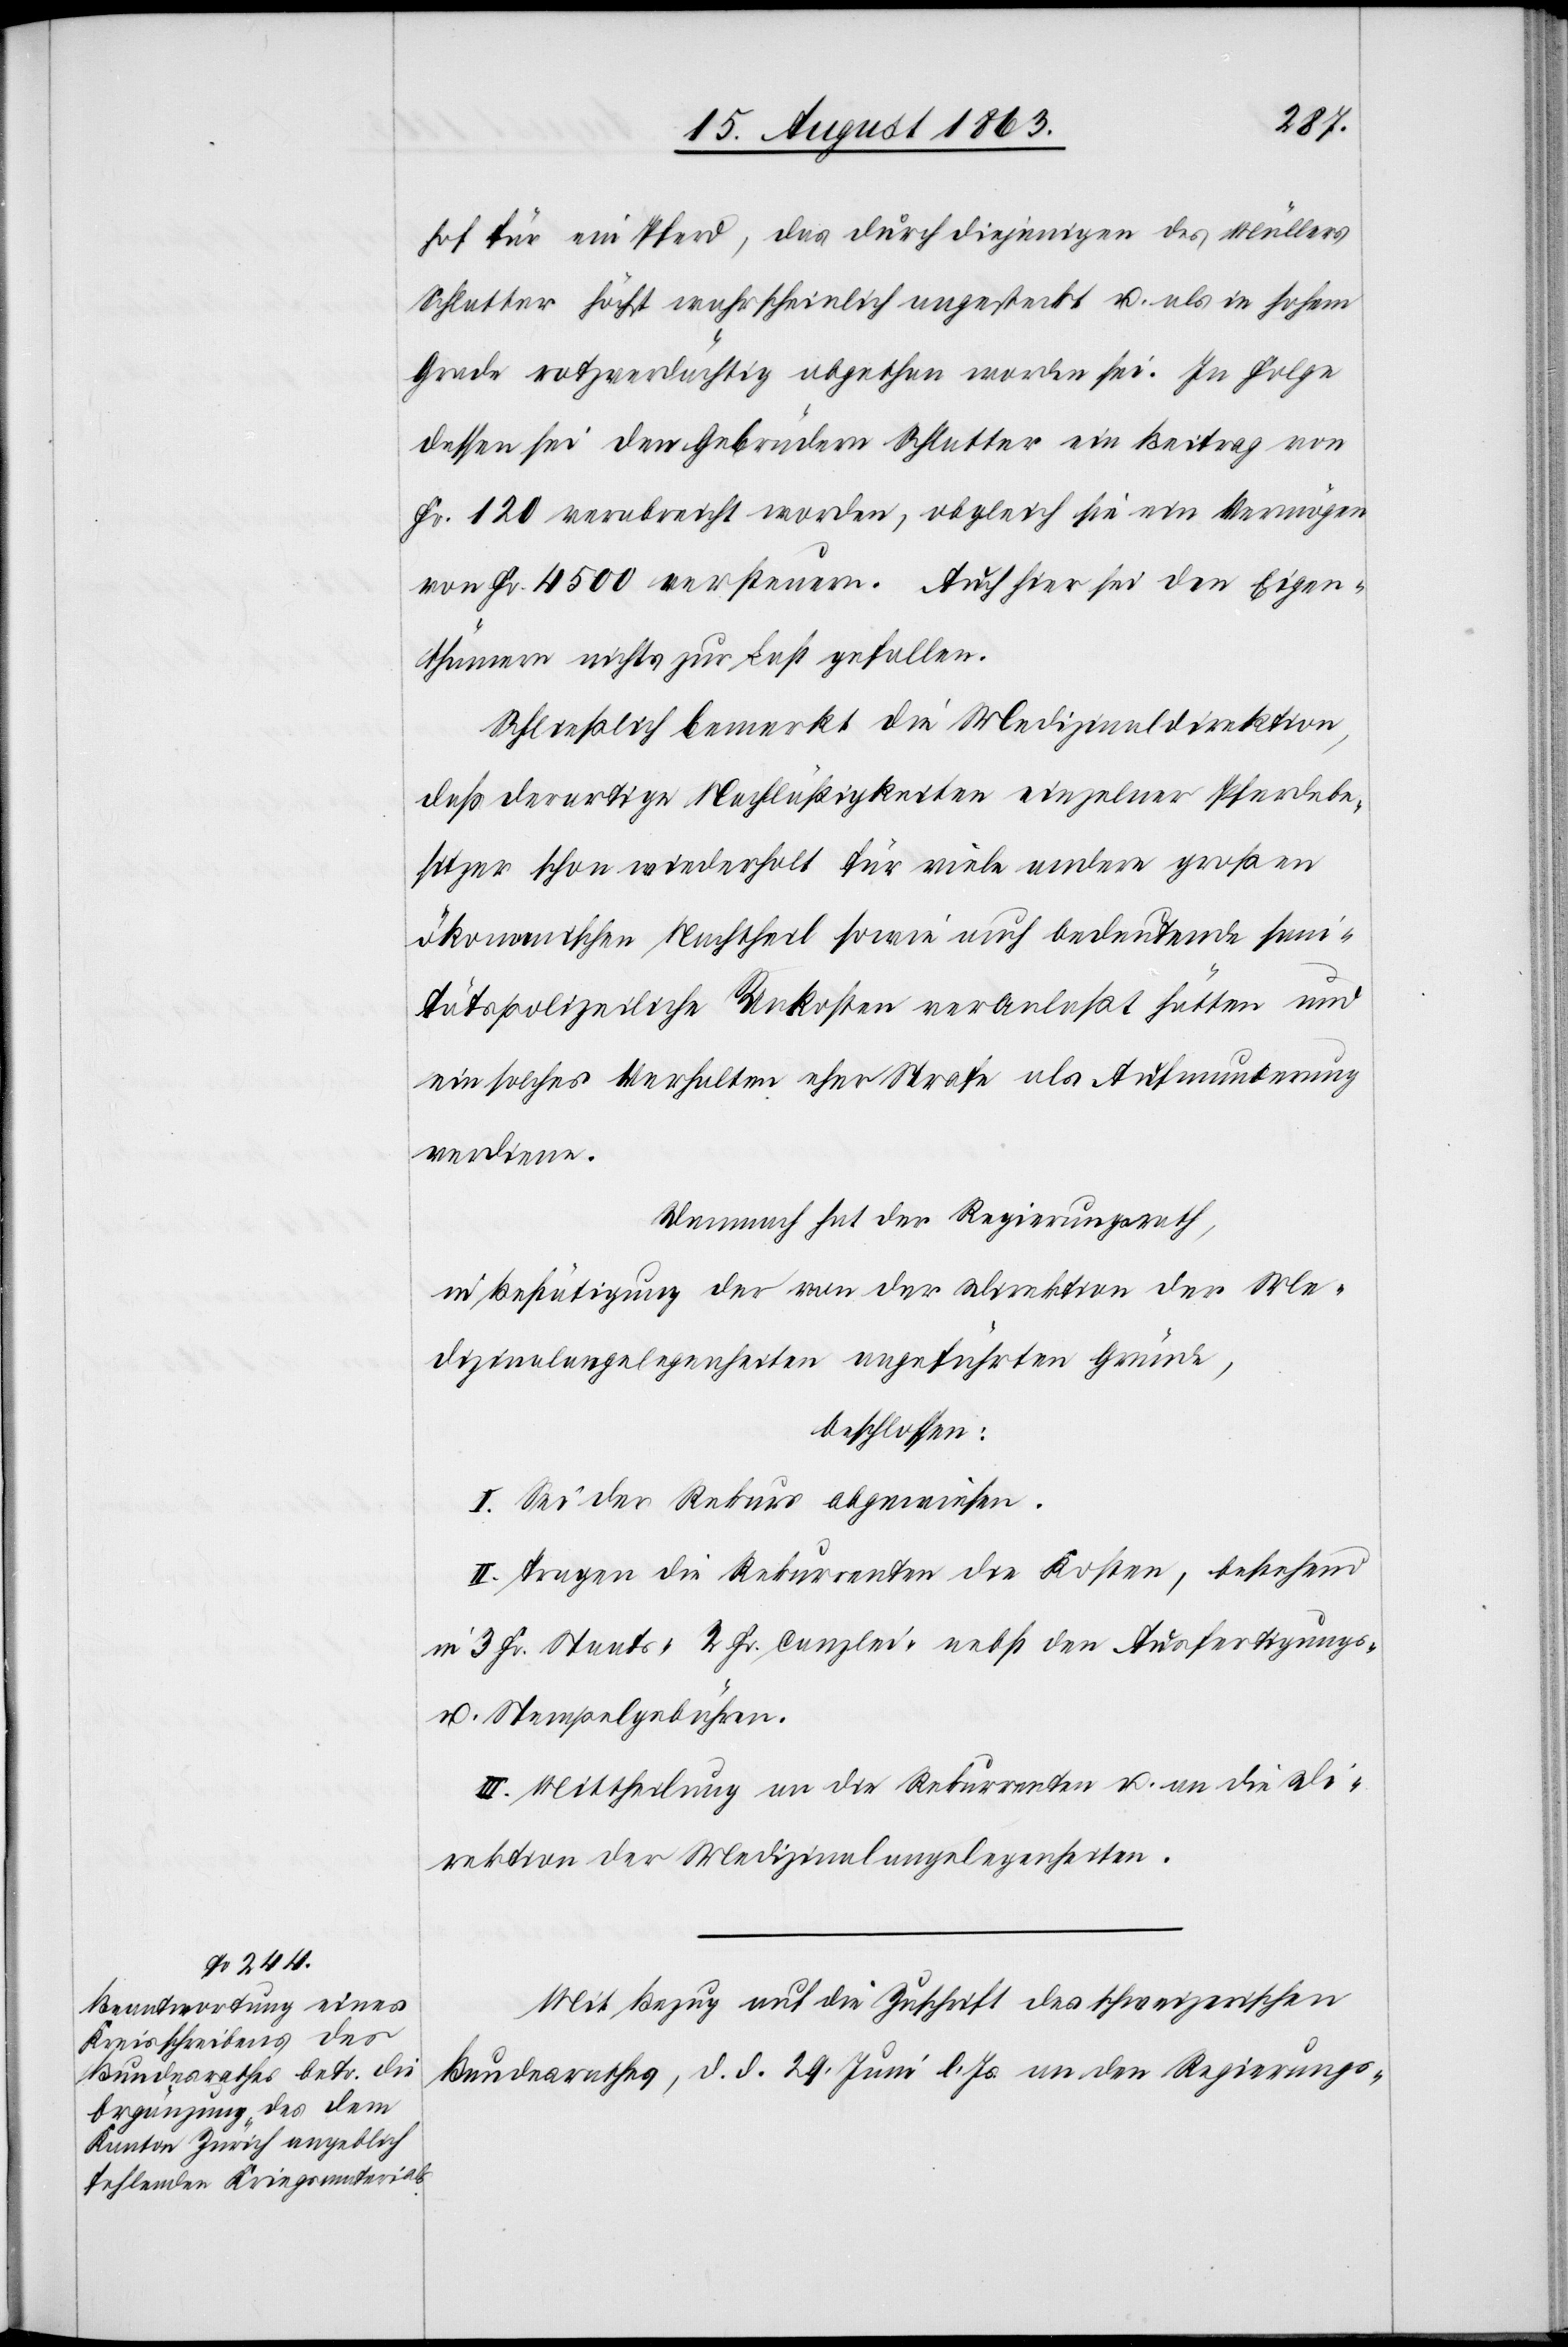
hof für ein Pferd, das durch diejenigen des Müllers
Schlatter höchst wahrscheinlich angesteckt u. als in hohem
Grade rotzverdächtig abgethan worden sei. In Folge
dessen sei den Gebrüdern Schlatter ein Beitrag von
Fr. 120 verabreicht worden, obgleich sie ein Vermögen
von Fr. 4500 versteuern. Auch hier sei den Eigen¬
thümern nichts zur Last gefallen.
Schließlich bemerkt die Medizinaldirektion,
daß derartige Nachläßigkeiten einzelner Pferdebe¬
sitzer schon wiederholt für viele andere großen
ökonomischen Nachtheil sowie auch bedeutende sani¬
tätspolizeiliche Unkosten veranlaßt hätten und
ein solches Verhalten eher Strafe als Aufmunterung
verdiene.
Demnach hat der Regierungsrath,
in Bestätigung der von der Direktion der Me¬
dizinalangelegenheiten angeführten Gründe,
beschlossen:
I. Sei der Rekurs abgewiesen.
II. Tragen die Rekurrenten die Kosten, bestehend
in 3 Fr. Staats-[,] 2 Fr. Canzlei- nebst den Ausfertigungs-
u. Stempelgebühren.
III. Mittheilung an die Rekurrenten u. an die Di¬
rektion der Medizinalangelegenheiten.
Mit Bezug auf die Zuschrift des schweizerischen
Bundesrathes, d. d. 29. Juni l. Js. an den Regierungs-